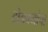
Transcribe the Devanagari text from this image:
दोडक्यांचा